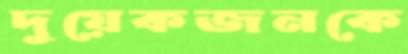
দুয়েকজনকে